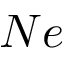
N e